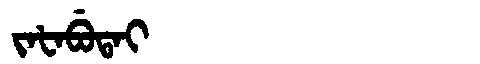
Manchu: ᠵᠠᡶᠠᠪᡠᡨᠠᡳ
Romanization: JAFABUTAI